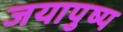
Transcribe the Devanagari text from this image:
जयापुष्प